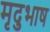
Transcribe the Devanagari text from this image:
मृदुभाष